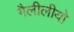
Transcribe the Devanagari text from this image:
गैलीलीयो